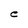
Character: C